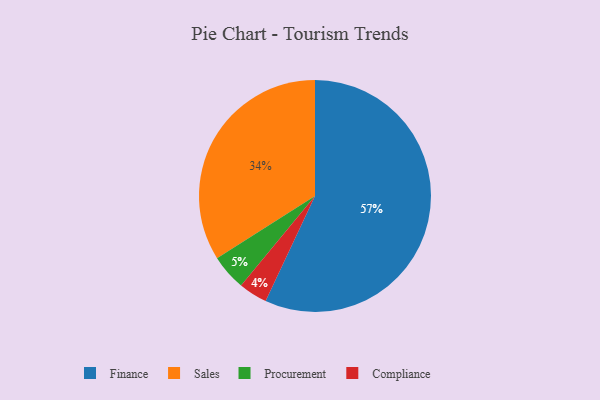
{"axis": {"x": "Category", "y": "Percentage"}, "legend": ["Compliance", "Finance", "Procurement", "Sales"], "data": [{"x": "Compliance", "y": 4, "type": "Compliance"}, {"x": "Sales", "y": 34, "type": "Sales"}, {"x": "Finance", "y": 57, "type": "Finance"}, {"x": "Procurement", "y": 5, "type": "Procurement"}]}